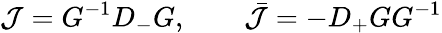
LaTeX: {\cal J}=G^{-1}D_{-}G,~~~~~~~~\bar{\cal J}=-D_{+}GG^{-1}